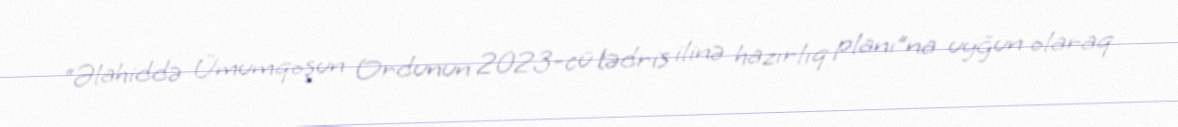
“Əlahiddə Ümumqoşun Ordunun 2023-cü tədris ilinə hazırlıq planı”na uyğun olaraq